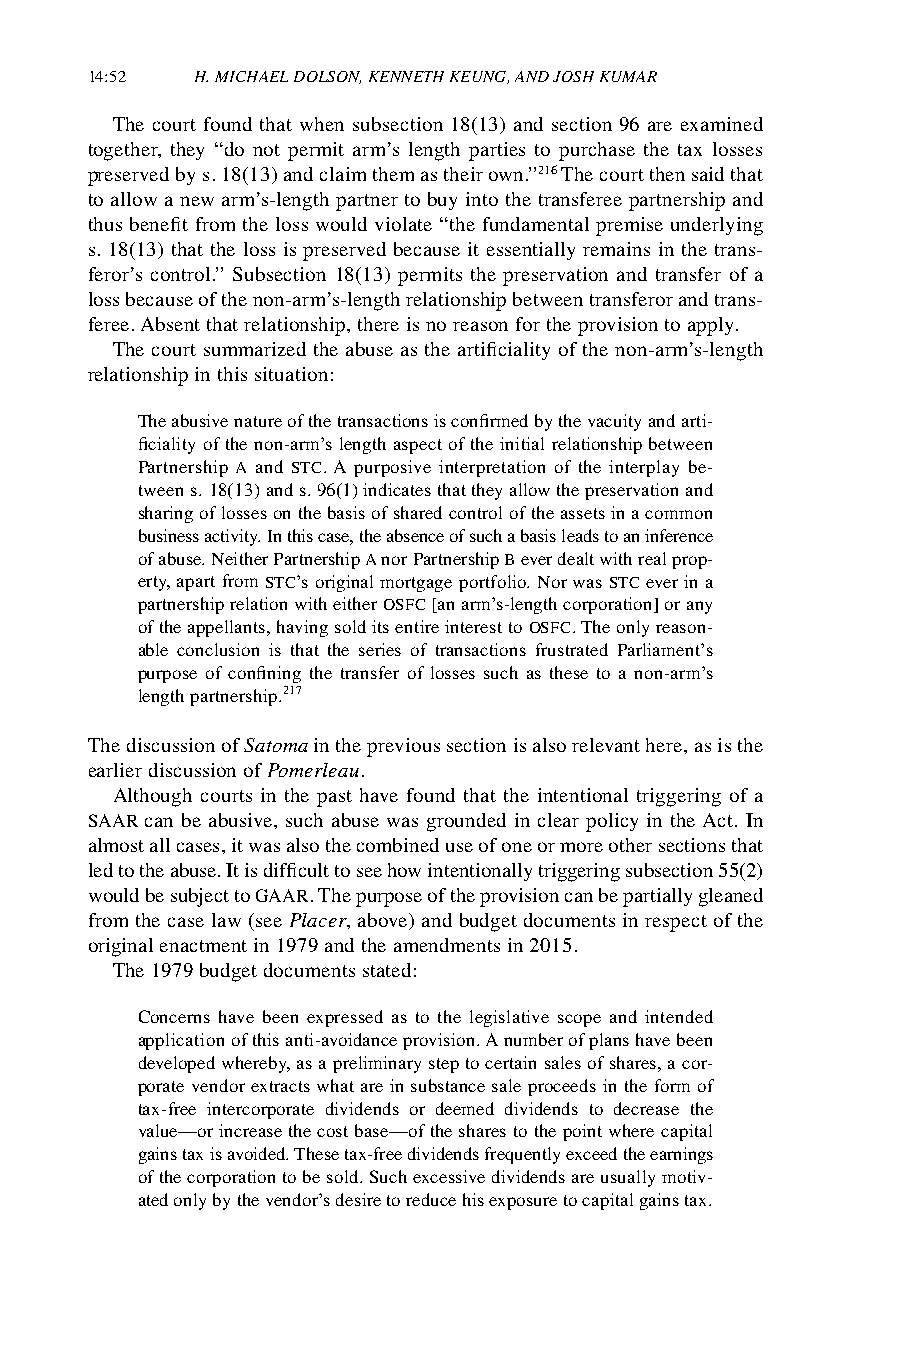
14:52  H. MICHAEL DOLSON, KENNETH KEUNG, AND JOSH KUMAR
 The court found that when subsection 18(13) and section 96 are examined
 together, they “do not permit arm’s length parties to purchase the tax losses
 preserved by s. 18(13) and claim them as their own.”216 The court then said that
 to allow a new arm’s-length partner to buy into the transferee partnership and
 thus benefit from the loss would violate “the fundamental premise underlying
 s. 18(13) that the loss is preserved because it essentially remains in the trans-
 feror’s control.” Subsection 18(13) permits the preservation and transfer of a
 loss because of the non-arm’s-length relationship between transferor and trans-
 feree. Absent that relationship, there is no reason for the provision to apply.
 The court summarized the abuse as the artificiality of the non-arm’s-length
 relationship in this situation:
 The abusive nature of the transactions is confirmed by the vacuity and arti-
 ficiality of the non-arm’s length aspect of the initial relationship between
 Partnership A and STC. A purposive interpretation of the interplay be-
 tween s. 18(13) and s. 96(1) indicates that they allow the preservation and
 sharing of losses on the basis of shared control of the assets in a common
 business activity. In this case, the absence of such a basis leads to an inference
 of abuse. Neither Partnership A nor Partnership B ever dealt with real prop-
 erty, apart from STC’s original mortgage portfolio. Nor was STC ever in a
 partnership relation with either OSFC [an arm’s-length corporation] or any
 of the appellants, having sold its entire interest to OSFC. The only reason-
 able conclusion is that the series of transactions frustrated Parliament’s
 purpose of confining the transfer of losses such as these to a non-arm’s
 length partnership.217
 The discussion of Satoma in the previous section is also relevant here, as is the
 earlier discussion of Pomerleau.
 Although courts in the past have found that the intentional triggering of a
 SAAR can be abusive, such abuse was grounded in clear policy in the Act. In
 almost all cases, it was also the combined use of one or more other sections that
 led to the abuse. It is difficult to see how intentionally triggering subsection 55(2)
 would be subject to GAAR. The purpose of the provision can be partially gleaned
 from the case law (see Placer, above) and budget documents in respect of the
 original enactment in 1979 and the amendments in 2015.
 The 1979 budget documents stated:
 Concerns have been expressed as to the legislative scope and intended
 application of this anti-avoidance provision. A number of plans have been
 developed whereby, as a preliminary step to certain sales of shares, a cor-
 porate vendor extracts what are in substance sale proceeds in the form of
 tax-free intercorporate dividends or deemed dividends to decrease the
 value—or increase the cost base—of the shares to the point where capital
 gains tax is avoided. These tax-free dividends frequently exceed the earnings
 of the corporation to be sold. Such excessive dividends are usually motiv-
 ated only by the vendor’s desire to reduce his exposure to capital gains tax.